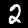
Digit: 2